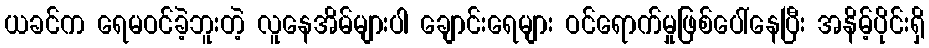
ယခင်က ရေမဝင်ခဲ့ဘူးတဲ့ လူနေအိမ်များပါ ချောင်းရေများ ဝင်ရောက်မှုဖြစ်ပေါ်နေပြီး အနိမ့်ပိုင်းရှိ